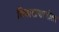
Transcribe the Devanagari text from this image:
विचारप्रणालीला